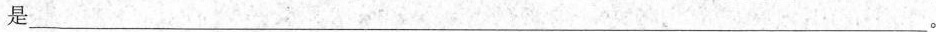
是___。